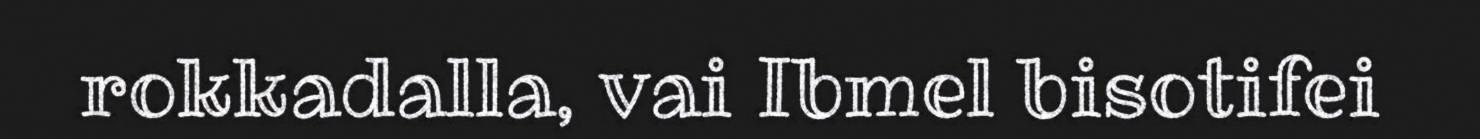
rokkadalla, vai Ibmel bisotifei